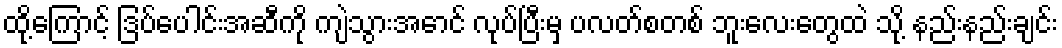
ထို့ကြောင့် ဒြပ်ပေါင်းအဆီကို ကျဲသွားအောင် လုပ်ပြီးမှ ပလတ်စတစ် ဘူးလေးတွေထဲ သို့ နည်းနည်းချင်း